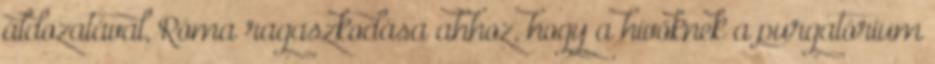
áldozatával, Róma ragaszkodása ahhoz, hogy a hívőknek a purgatórium